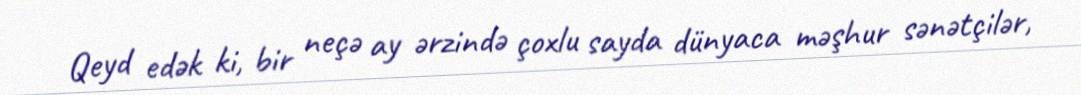
Qeyd edək ki, bir neçə ay ərzində çoxlu sayda dünyaca məşhur sənətçilər,